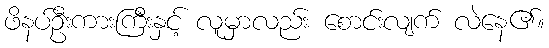
ဖိနပ်ဦးကားကြီးနှင့် လူမှာလည်း စောင်းလျက် လဲနေ၏။